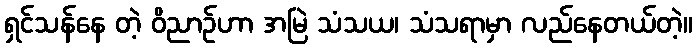
ရှင်သန်နေ တဲ့ ဝိညာဉ်ဟာ အမြဲ သံသယ၊ သံသရာမှာ လည်နေတယ်တဲ့။